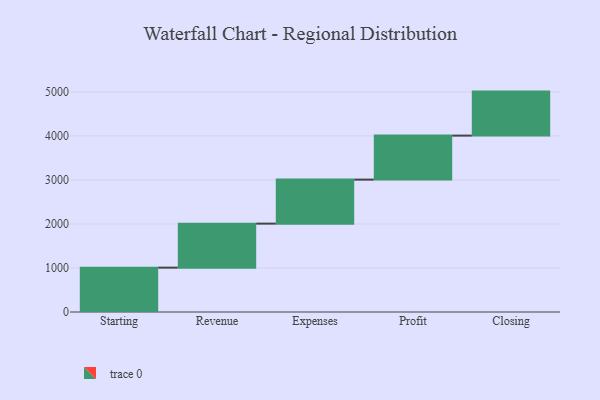
{"axis": {"x": "Step", "y": "Value"}, "legend": [""], "data": [{"x": "Starting", "y": 1008.0, "type": ""}, {"x": "Revenue", "y": 1000, "type": ""}, {"x": "Expenses", "y": 1000, "type": ""}, {"x": "Profit", "y": 1000, "type": ""}, {"x": "Closing", "y": 1000, "type": ""}]}